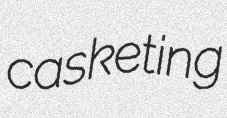
casketing